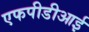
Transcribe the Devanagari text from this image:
एफपीडीआई